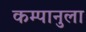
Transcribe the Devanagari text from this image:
कम्पानुला